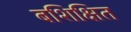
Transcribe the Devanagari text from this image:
बशिक्षित